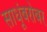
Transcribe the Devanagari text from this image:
साधूंबरोबर